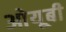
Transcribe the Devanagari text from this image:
ओयूबी